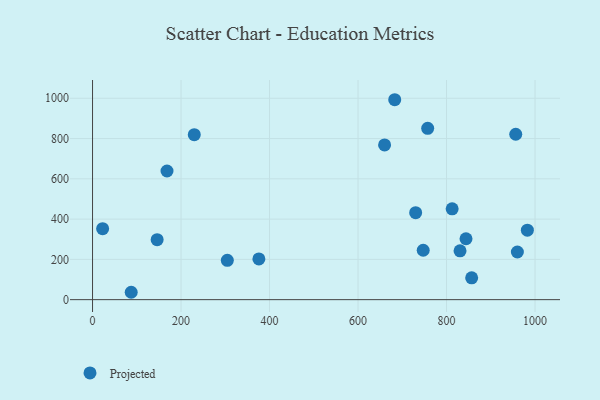
{"axis": {"x": "Price", "y": "Fuel Efficiency"}, "legend": ["Projected"], "data": [{"x": "830.5", "y": 242.2, "type": "Projected"}, {"x": "146.0", "y": 297.9, "type": "Projected"}, {"x": "730.2", "y": 432.0, "type": "Projected"}, {"x": "960.1", "y": 236.7, "type": "Projected"}, {"x": "812.7", "y": 451.0, "type": "Projected"}, {"x": "660.0", "y": 768.2, "type": "Projected"}, {"x": "22.8", "y": 352.4, "type": "Projected"}, {"x": "87.4", "y": 36.6, "type": "Projected"}, {"x": "375.9", "y": 202.1, "type": "Projected"}, {"x": "982.7", "y": 345.0, "type": "Projected"}, {"x": "682.9", "y": 992.8, "type": "Projected"}, {"x": "304.6", "y": 195.2, "type": "Projected"}, {"x": "844.0", "y": 302.5, "type": "Projected"}, {"x": "747.3", "y": 245.4, "type": "Projected"}, {"x": "856.8", "y": 108.4, "type": "Projected"}, {"x": "757.4", "y": 850.7, "type": "Projected"}, {"x": "229.9", "y": 819.2, "type": "Projected"}, {"x": "168.3", "y": 638.9, "type": "Projected"}, {"x": "956.4", "y": 821.3, "type": "Projected"}]}